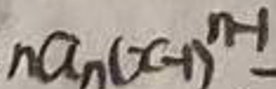
$na_{n}(x - 1)^{n - 1}$